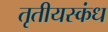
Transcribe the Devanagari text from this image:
तृतीयस्कंध